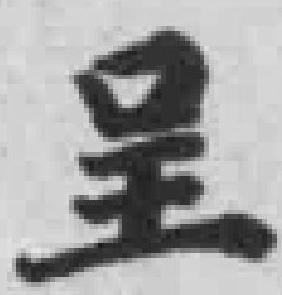
呈